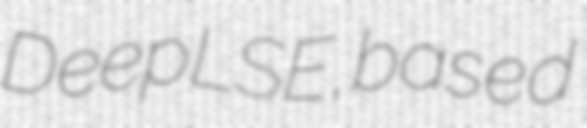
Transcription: DeepL SE, based